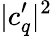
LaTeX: |c_{q}^{\prime}|^{2}